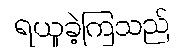
ရယူခဲ့ကြသည်